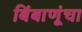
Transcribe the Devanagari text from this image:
बिंबाणूंचा